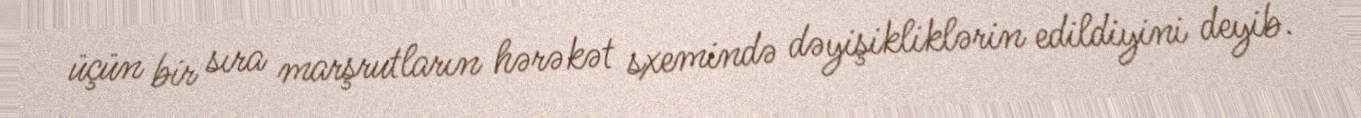
üçün bir sıra marşrutların hərəkət sxemində dəyişikliklərin edildiyini deyib.